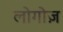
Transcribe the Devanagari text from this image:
लोगोज़